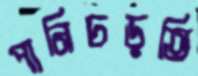
পানিচড়তি